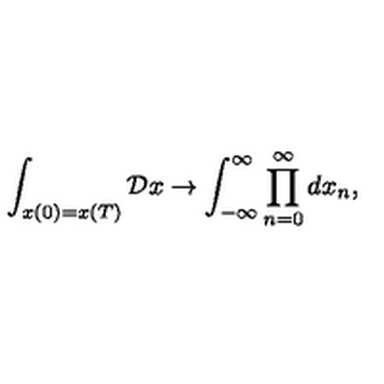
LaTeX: \int _ { x ( 0 ) = x ( T ) } { \cal D } x \rightarrow \int _ { - \infty } ^ { \infty } \prod _ { n = 0 } ^ { \infty } d x _ { n } ,